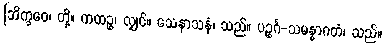
[ဘိက္ခဝေ၊ တို့။ ကထဉ္စ၊ လျှင်။ သေနာသနံ၊ သည်။ ပဉ္စင်္ဂ-သမန္နာဂတံ၊ သည်။